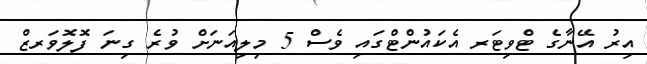
އިރު އޭނާގެ ޓްވިޓަރ އެކައުންޓްގައި ވެސް 5 މިލިއަނަށް ވުރެ ގިނަ ފޮލޮވަރޒް